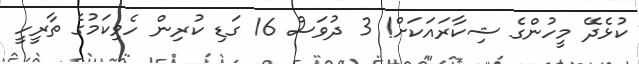
ކުޅެދޭ މީހުންގެ ޝިކާރައަކަށް! 3 ދުވަސް 16 ގަޑި ކުރިން ހެވިކަމުގެ ތާރީހީ